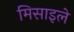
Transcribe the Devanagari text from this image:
मिसाइले